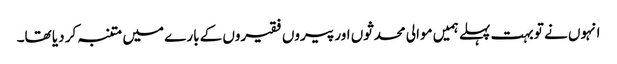
انہوں نے تو بہت پہلے ہمیں موالی محدثوں اور پیروں فقیروں کے بارے میں متنبہ کر دیا تھا۔